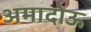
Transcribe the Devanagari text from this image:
अमादोऊ